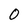
Character: 0